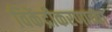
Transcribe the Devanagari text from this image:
विकेंद्रीकरणाच्या